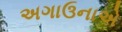
અગાઉનાએ